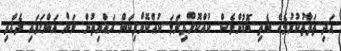
އަދި ތަފާތުކުރުމެއް ނެތި ބޮޑުންވެސް ކުއްކޮށްފިނަމަ ކުއްކޮށްފިކަން ރައްޔިތުން ނަށް އަންގަވައި ދެއްވި